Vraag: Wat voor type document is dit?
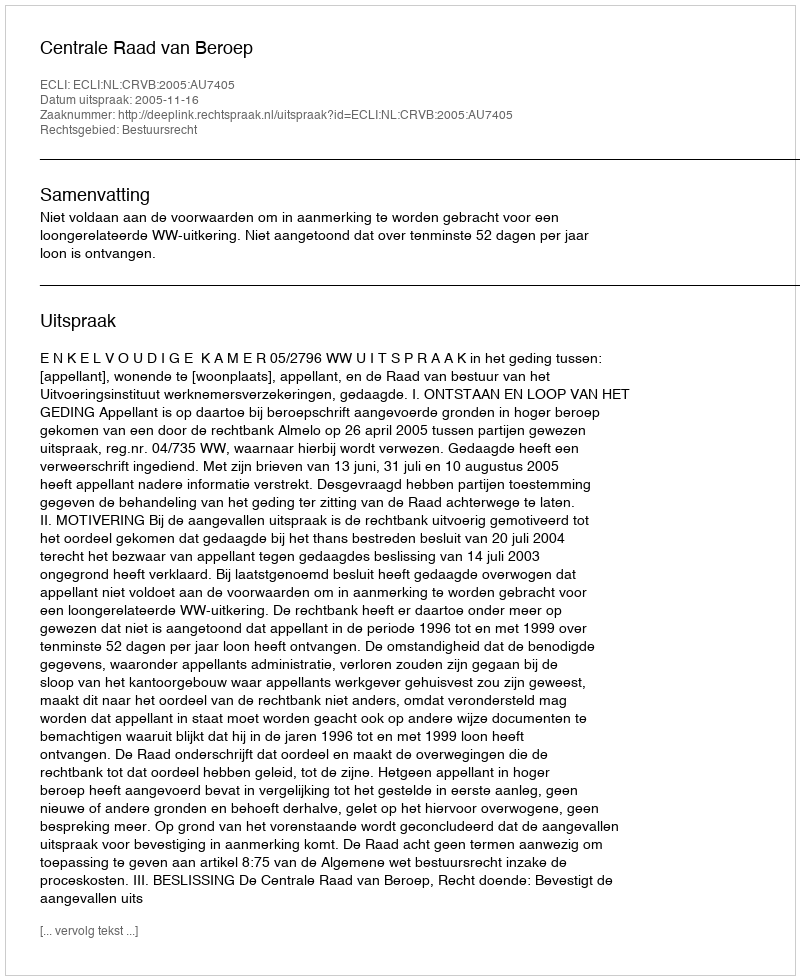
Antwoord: Uitspraak